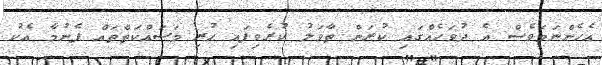
އެހެންނަމަވެސް އެ ދުވަހެއްގައި ކުރަން ތާވަލު ކުރެވިފައި ހުރި މަސައްކަތްތައް ފެނުމާ އެކު